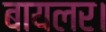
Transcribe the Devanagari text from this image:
बायलर।